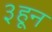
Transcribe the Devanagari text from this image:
३हून